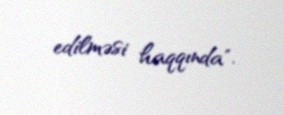
edilməsi haqqında".